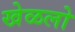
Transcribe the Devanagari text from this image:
खेळलो